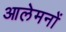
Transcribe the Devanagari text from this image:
आलेमनों